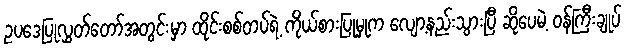
ဥပဒေပြုလွှတ်တော်အတွင်းမှာ ထိုင်းစစ်တပ်ရဲ့ ကိုယ်စားပြုမှုက လျော့နည်းသွားပြီ ဆိုပေမဲ့ ဝန်ကြီးချုပ်